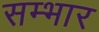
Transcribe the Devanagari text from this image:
सम्भार